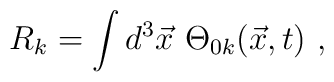
R_k=\int d^3\vec{x}~ \Theta_{0k}(\vec{x},t)~,